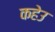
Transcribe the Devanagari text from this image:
कहेउ